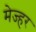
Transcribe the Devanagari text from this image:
मेज्हर